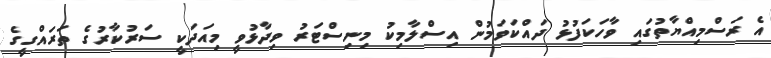
އެ ރަސްމިއްޔާތުގައި ވާހަކަފުޅު ދައްކަވަމުން އިސްލާމިކު މިނިސްޓަރު ވިދާޅުވީ މިއަދަކީ ސަރުކާރުގެ ތަރައްގީގެ